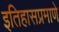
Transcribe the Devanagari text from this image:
इतिहासप्रमाणे